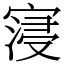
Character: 寖